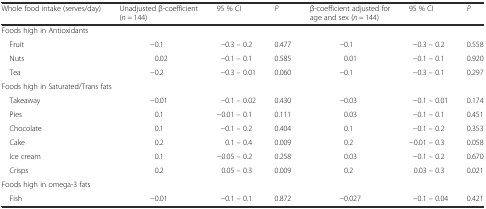
| Whole food intake (serves/day) | Unadjusted β-coefficient (n = 144) | 95 % CI | P | β-coefficient adjusted for age and sex (n = 144) | 95 % CI | P |
 | --- | --- | --- | --- | --- | --- | --- |
 | <COLSPAN=2> Foods high in Antioxidants |  |  |  |  |  |
 | Fruit | −0.1 | −0.3 – 0.2 | 0.477 | −0.1 | −0.3 – 0.2 | 0.558 |
 | Nuts | 0.02 | −0.1 – 0.1 | 0.585 | 0.01 | −0.1 – 0.1 | 0.920 |
 | Tea | −0.2 | −0.3 – 0.01 | 0.060 | −0.1 | −0.3 – 0.1 | 0.297 |
 | <COLSPAN=2> Foods high in Saturated/Trans fats |  |  |  |  |  |
 | Takeaway | −0.01 | −0.1 – 0.02 | 0.430 | −0.03 | −0.1 – 0.01 | 0.174 |
 | Pies | 0.1 | −0.01 – 0.1 | 0.111 | 0.03 | −0.1 – 0.1 | 0.451 |
 | Chocolate | 0.1 | −0.1 – 0.2 | 0.404 | 0.1 | −0.1 – 0.2 | 0.353 |
 | Cake | 0.2 | 0.1 – 0.4 | 0.009 | 0.2 | −0.01 – 0.3 | 0.058 |
 | Ice cream | 0.1 | −0.05 – 0.2 | 0.258 | 0.03 | −0.1 – 0.2 | 0.670 |
 | Crisps | 0.2 | 0.05 – 0.3 | 0.009 | 0.2 | 0.03 – 0.3 | 0.021 |
 | Foods high in omega-3 fats |  |  |  |  |  |  |
 | Fish | −0.01 | −0.1 – 0.1 | 0.872 | −0.027 | −0.1 – 0.04 | 0.421 |